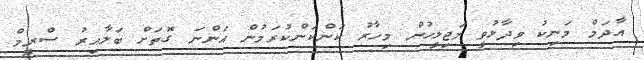
އާދަމް މަނިކު ވިދާޅުވީ މަޖިލީހުން މިހާރު ކަންކަންކުރަމުން އަންނަ ގޮތަށް ބަލާއިރު ސްރީމް